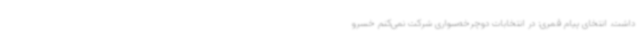
داشت. انتخای پیام قمری: در انتخابات دوچرخه‌سواری شرکت نمی‌کنم خسرو